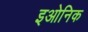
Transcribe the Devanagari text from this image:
इओनिक